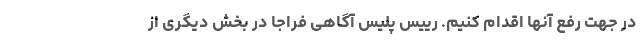
در جهت رفع آنها اقدام کنیم. رییس پلیس آگاهی فراجا در بخش دیگری از